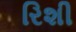
રિશી